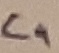
Text: C4